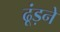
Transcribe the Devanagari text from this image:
ढूंड़ने